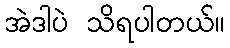
အဲဒါပဲ သိရပါတယ်။